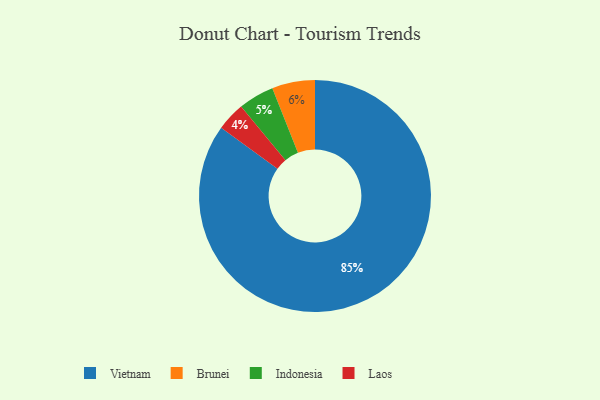
{"axis": {"x": "Category", "y": "Percentage"}, "legend": ["Brunei", "Indonesia", "Laos", "Vietnam"], "data": [{"x": "Indonesia", "y": 5, "type": "Indonesia"}, {"x": "Vietnam", "y": 85, "type": "Vietnam"}, {"x": "Laos", "y": 4, "type": "Laos"}, {"x": "Brunei", "y": 6, "type": "Brunei"}]}